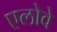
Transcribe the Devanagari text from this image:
एलोवे